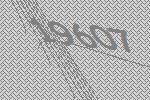
19607